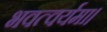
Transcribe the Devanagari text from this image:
भवत्वर्यमा।